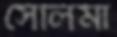
সেলিমা